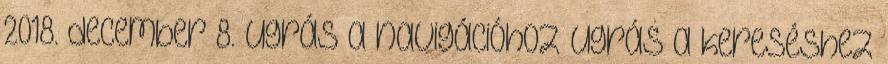
2018. december 8. Ugrás a navigációhoz Ugrás a kereséshez